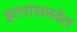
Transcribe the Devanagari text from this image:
इतरांसमवेत